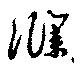
濮